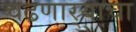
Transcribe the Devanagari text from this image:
चढणार्‍याचा